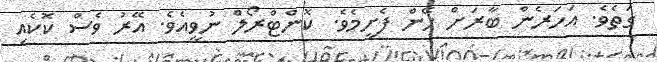
ގަތެވެ. އަހަރެން ބާރަށް ހޭން ފެށީމެވެ. ކޮންޓްރޯލް ނުވީއެވެ. އޭރު ވެސް ކޮކެއި